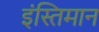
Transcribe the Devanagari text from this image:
इंस्तिमान